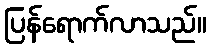
ပြန်ရောက်လာသည်။